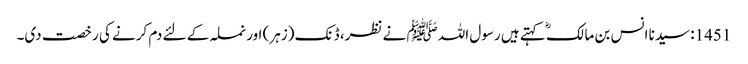
1451: سیدنا انس بن مالکؓ کہتے ہیں رسول اللہﷺ نے نظر، ڈنک (زہر) اور نملہ کے لئے دم کرنے کی رخصت دی۔